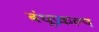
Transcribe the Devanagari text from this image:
बंधूप्रकल्प